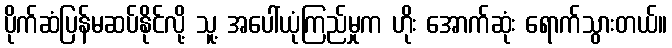
ပိုက်ဆံပြန်မဆပ်နိုင်လို့ သူ့ အပေါ်ယုံကြည်မှုက ဟိုး အောက်ဆုံး ရောက်သွားတယ်။